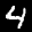
Label: 4